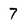
Character: 7